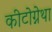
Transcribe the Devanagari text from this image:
कीटोग्नेथा